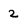
Character: 2